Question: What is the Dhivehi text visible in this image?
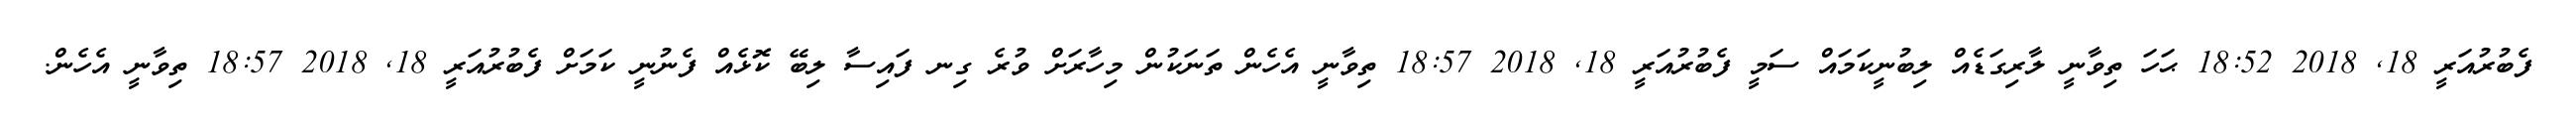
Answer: ފެބުރުއަރީ 18, 2018 18:52 ޙަހަ ތިވާނީ ލާރިގަޑެއް ލިބުނީކަމައް ސަމީ ފެބުރުއަރީ 18, 2018 18:57 ތިވާނީ އެހެން ތަނަކުން މިހާރަށް ވުރެ ގިނ ފައިސާ ލިބޭ ކޮޅެއް ފެނުނީ ކަމަށް ފެބުރުއަރީ 18, 2018 18:57 ތިވާނީ އެހެން.